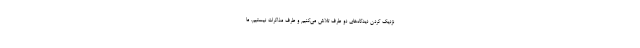
نزدیک کردن دیدگاه‌های دو طرف تلاش می‌کنیم و طرف مذاکرات نیستیم. ما